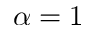
\alpha = 1